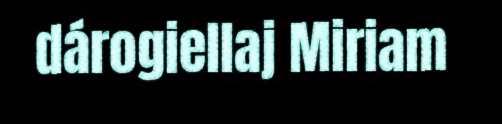
dárogiellaj Miriam